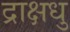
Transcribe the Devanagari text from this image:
द्राक्षधु